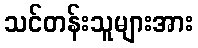
သင်တန်းသူများအား